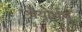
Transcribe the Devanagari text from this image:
श्रेयोर्थम्‌